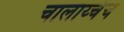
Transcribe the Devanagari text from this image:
चालाय्चंच